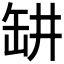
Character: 𬙍